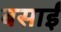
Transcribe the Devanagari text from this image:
बसाईं